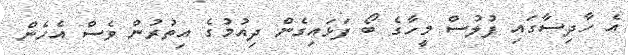
އެ ހާދިސާގައި ފުލުސް މީހާގެ ބޯ ފަޅައިގެން ދިއުމުގެ އިތުރުން ވެސް އެހެން